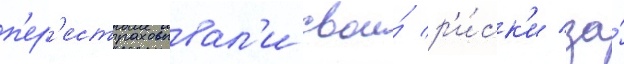
п'ер'естраховывал'и свои́ р'и́ск'и за́